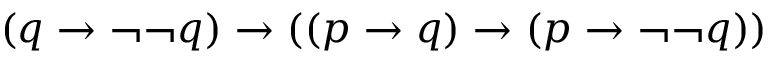
( q \to \neg \neg q ) \to ( ( p \to q ) \to ( p \to \neg \neg q ) )